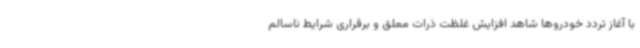
با آغاز تردد خودروها شاهد افزایش غلظت ذرات معلق و برقراری شرایط ناسالم